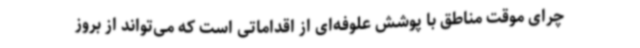
چرای موقت مناطق با پوشش علوفه‌ای از اقداماتی‌ است که می‌تواند از بروز